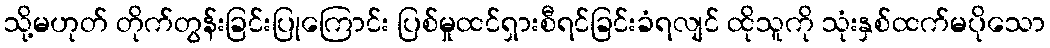
သို့မဟုတ် တိုက်တွန်းခြင်းပြုကြောင်း ပြစ်မှုထင်ရှားစီရင်ခြင်းခံရလျင် ထိုသူကို သုံးနှစ်ထက်မပိုသော